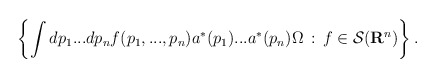
\begin{align*}\left \{ \int dp_1...dp_n f(p_1,...,p_n)a^*(p_1)...a^*(p_n)\Omega\, :\, f\in {\cal S}({\bf R}^n) \right \}.\end{align*}